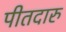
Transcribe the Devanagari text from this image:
पीतदारु